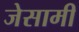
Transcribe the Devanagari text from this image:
जेसामी